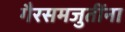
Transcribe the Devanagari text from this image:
गैरसमजुतींना